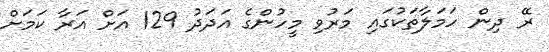
ރޭ ދިން ހަމަލާތަކުގައި މަރުވި މީހުންގެ އަދަދު 129 އަށް އަރާ ކަމަށް